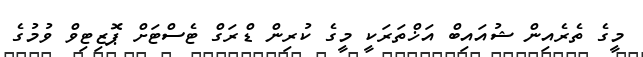
މީގެ ތެރެއިން ޝުއައިބް އަޚްތަރަކީ މީގެ ކުރިން ޑްރަގް ޓެސްޓަށް ޕޮޒިޓިވް ވުމުގެ